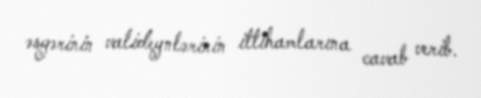
əsgərinin valideynlərinin ittihamlarına cavab verib.